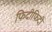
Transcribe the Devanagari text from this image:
फिदीफिदी